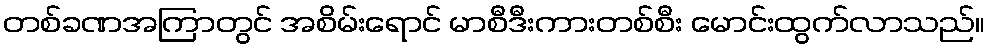
တစ်ခဏအကြာတွင် အစိမ်းရောင် မာစီဒီးကားတစ်စီး မောင်းထွက်လာသည်။